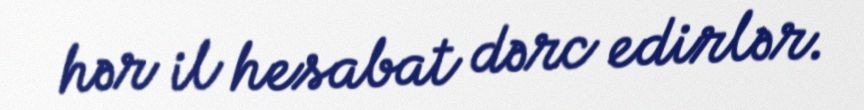
hər il hesabat dərc edirlər.